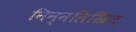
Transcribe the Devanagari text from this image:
निन्नलिखित